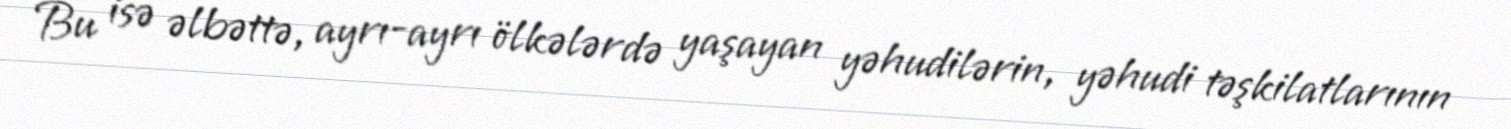
Bu isə əlbəttə, ayrı-ayrı ölkələrdə yaşayan yəhudilərin, yəhudi təşkilatlarının